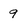
Character: 9